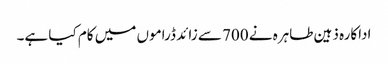
اداکارہ ذہین طاہرہ نے 700 سے زائد ڈراموں میں کام کیا ہے۔